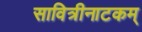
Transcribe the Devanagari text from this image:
सावित्रीनाटकम्